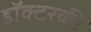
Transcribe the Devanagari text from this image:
डॉक्टरकी